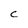
Character: c